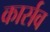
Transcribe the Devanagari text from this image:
कार्सव